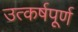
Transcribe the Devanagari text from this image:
उत्कर्षपूर्ण